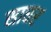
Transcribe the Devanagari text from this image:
साघर